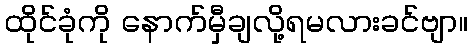
ထိုင်ခုံကို နောက်မှီချလို့ရမလားခင်ဗျာ။